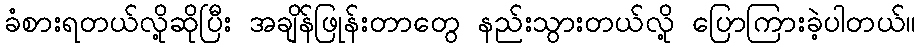
ခံစားရတယ်လို့ဆိုပြီး အချိန်ဖြုန်းတာတွေ နည်းသွားတယ်လို့ ပြောကြားခဲ့ပါတယ်။